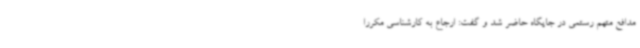
مدافع متهم رستمی در جایگاه حاضر شد و گفت: ارجاع به کارشناسی مکررا